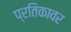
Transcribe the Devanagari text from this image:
प्रतिकावर